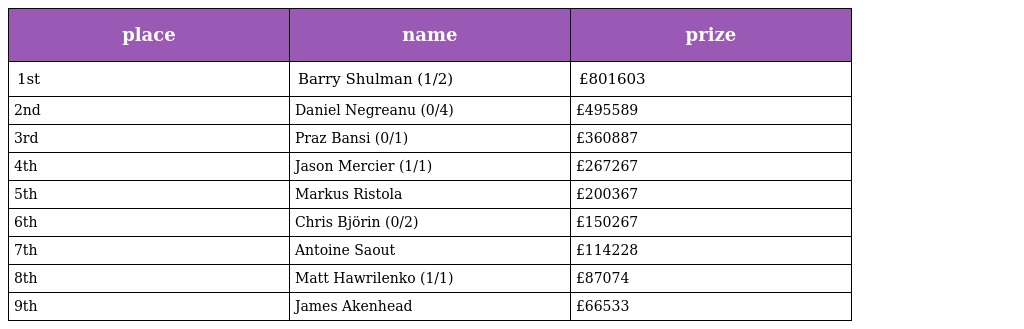
| place | name | prize |
 | --- | --- | --- |
 | 1st | Barry Shulman (1/2) | £801603 |
 | 2nd | Daniel Negreanu (0/4) | £495589 |
 | 3rd | Praz Bansi (0/1) | £360887 |
 | 4th | Jason Mercier (1/1) | £267267 |
 | 5th | Markus Ristola | £200367 |
 | 6th | Chris Björin (0/2) | £150267 |
 | 7th | Antoine Saout | £114228 |
 | 8th | Matt Hawrilenko (1/1) | £87074 |
 | 9th | James Akenhead | £66533 |